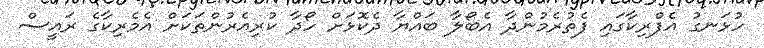
ހުޅަނގު އެފްރިކާގައި ފެތުރެމުންދާ އެބޯލާ ބައްޔާ ދެކޮޅަށް ހޯދާ ކުރިއެރުންތަކަށް އެމެރިކާގެ ރައީސް